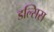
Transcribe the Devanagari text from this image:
डल्सिस